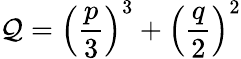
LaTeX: \mathcal{Q}=\left(\frac{{p}}{{3}}\right)^{3}+\left(\frac{{q}}{{2}}\right)^{2}